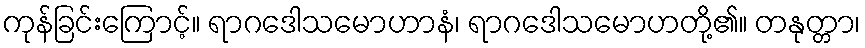
ကုန်ခြင်းကြောင့်။ ရာဂဒေါသမောဟာနံ၊ ရာဂဒေါသမောဟတို့၏။ တနုတ္တာ၊